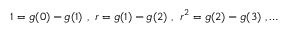
1 = g ( 0 ) - g ( 1 ) \ , \ r = g ( 1 ) - g ( 2 ) \ , \ r ^ { 2 } = g ( 2 ) - g ( 3 ) \ , \ldots